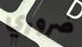
ضروري